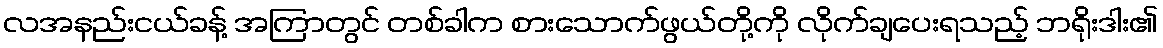
လအနည်းငယ်ခန့် အကြာတွင် တစ်ခါက စားသောက်ဖွယ်တို့ကို လိုက်ချပေးရသည့် ဘရိုးဒါး၏